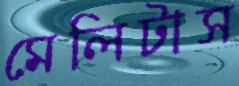
মেলিটাস